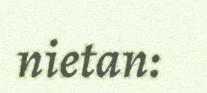
nietan: